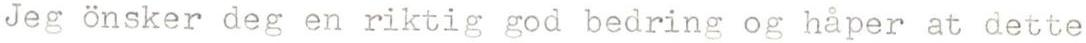
Jeg önsker deg en riktig god bedring og håper at dette